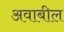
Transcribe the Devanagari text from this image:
अवाबील